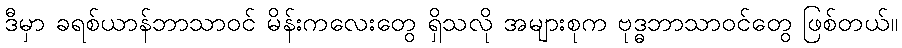
ဒီမှာ ခရစ်ယာန်ဘာသာဝင် မိန်းကလေးတွေ ရှိသလို အများစုက ဗုဒ္ဓဘာသာဝင်တွေ ဖြစ်တယ်။